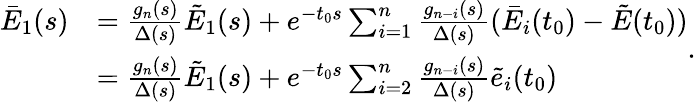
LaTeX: \begin{array}{rl}{{\bar{E}_{1}}(s)}&{=\frac{{{g_{n}}(s)}}{{\Delta(s)}}{{\tilde{E}}_{1}}(s)+{e^{-{t_{0}}s}}\sum_{i=1}^{n}{\frac{{{g_{n-i}}(s)}}{{\Delta(s)}}({{\bar{E}}_{i}}({t_{0}})-\tilde{E}({t_{0}}))}}\\ &{=\frac{{{g_{n}}(s)}}{{\Delta(s)}}{{\tilde{E}}_{1}}(s)+{e^{-{t_{0}}s}}\sum_{i=2}^{n}{\frac{{{g_{n-i}}(s)}}{{\Delta(s)}}\tilde{e}_{i}({t_{0}})}}\end{array}.